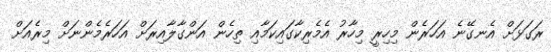
ރަގަޅަށް އެނގޭނެ އަހަރެން މިހިރީ މިހާރު އެމެރިކާގައިކަމާއި ތިހެން އަންގާލާއިރަށް އަހަރެމެންނަށް މިރެއަށް